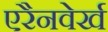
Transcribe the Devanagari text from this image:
एरैनवेर्ख